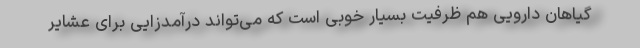
گیاهان دارویی هم ظرفیت بسیار خوبی است که می‌تواند درآمدزایی برای عشایر